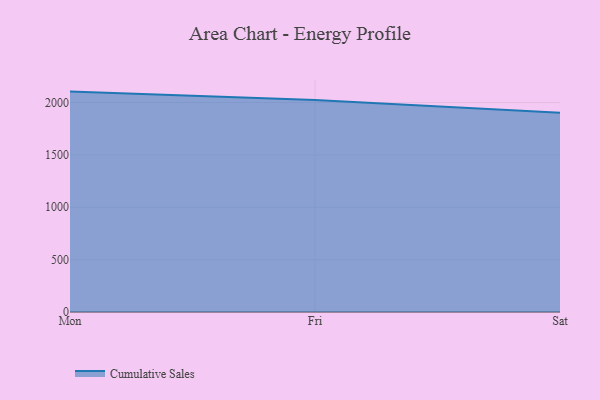
{"axis": {"x": "Day", "y": "Bounce Rate (%)"}, "legend": ["Cumulative Sales"], "data": [{"x": "Mon", "y": 2104.4, "type": "Cumulative Sales"}, {"x": "Fri", "y": 2024.8, "type": "Cumulative Sales"}, {"x": "Sat", "y": 1901.5, "type": "Cumulative Sales"}]}